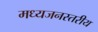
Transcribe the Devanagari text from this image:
मध्यजनस्तरीय